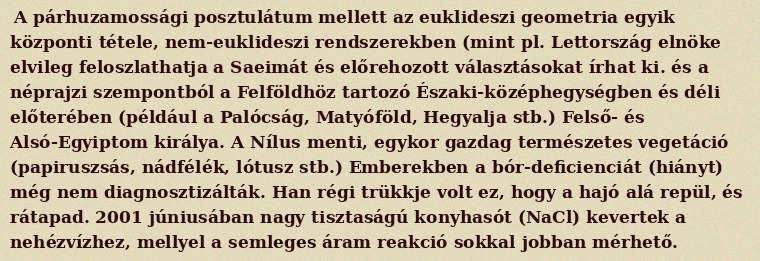
A párhuzamossági posztulátum mellett az euklideszi geometria egyik központi tétele, nem-euklideszi rendszerekben (mint pl. Lettország elnöke elvileg feloszlathatja a Saeimát és előrehozott választásokat írhat ki. és a néprajzi szempontból a Felföldhöz tartozó Északi-középhegységben és déli előterében (például a Palócság, Matyóföld, Hegyalja stb.) Felső- és Alsó-Egyiptom királya. A Nílus menti, egykor gazdag természetes vegetáció (papiruszsás, nádfélék, lótusz stb.) Emberekben a bór-deficienciát (hiányt) még nem diagnosztizálták. Han régi trükkje volt ez, hogy a hajó alá repül, és rátapad. 2001 júniusában nagy tisztaságú konyhasót (NaCl) kevertek a nehézvízhez, mellyel a semleges áram reakció sokkal jobban mérhető.